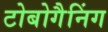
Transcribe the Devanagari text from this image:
टोबोगैनिंग